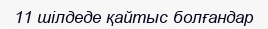
11 шілдеде қайтыс болғандар